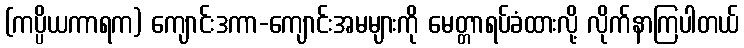
(ကပ္ပိယကာရက) ကျောင်းဒကာ-ကျောင်းအမများကို မေတ္တာရပ်ခံထားလို့ လိုက်နာကြပါတယ်